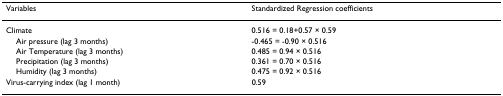
<table><thead><tr><td><b>Variables</b></td><td><b>Standardized Regression coefficients</b></td></tr></thead><tbody><tr><td>Climate</td><td>0.516 = 0.18+0.57 × 0.59</td></tr><tr><td> Air pressure (lag 3 months)</td><td>-0.465 = -0.90 × 0.516</td></tr><tr><td> Air Temperature (lag 3 months)</td><td>0.485 = 0.94 × 0.516</td></tr><tr><td> Precipitation (lag 3 months)</td><td>0.361 = 0.70 × 0.516</td></tr><tr><td> Humidity (lag 3 months)</td><td>0.475 = 0.92 × 0.516</td></tr><tr><td>Virus-carrying index (lag 1 month)</td><td>0.59</td></tr></tbody></table>